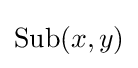
\operatorname {Sub} (x,y)